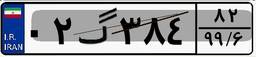
۰۲گ۳۸۴۸۲